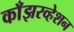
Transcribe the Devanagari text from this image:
काँझरव्हेशन